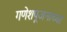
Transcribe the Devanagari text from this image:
गणेशपूजनाच्या